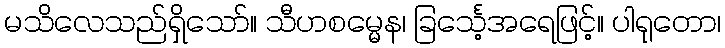
မသိလေသည်ရှိသော်။ သီဟစမ္မေန၊ ခြင်္သေ့အရေဖြင့်။ ပါရုတော၊